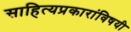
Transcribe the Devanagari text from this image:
साहित्यप्रकारांविषयी